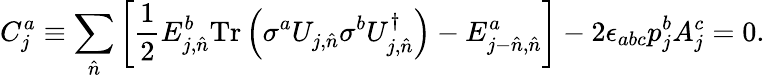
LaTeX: C_{j}^{a}\equiv\sum_{\hat{n}}\left[{\frac{1}{2}}E_{j,{\hat{n}}}^{b}\mathrm{Tr}\left(\sigma^{a}U_{j,{\hat{n}}}\sigma^{b}U_{j,{\hat{n}}}^{\dagger}\right)-E_{j-{\hat{n}},{\hat{n}}}^{a}\right]-2\epsilon_{abc}p_{j}^{b}A_{j}^{c}=0.